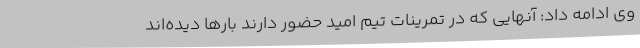
وی ادامه داد: آنهایی که در تمرینات تیم امید حضور دارند بارها دیده‌اند